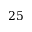
2 5